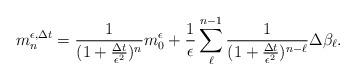
LaTeX: \begin{align*}m_n^{\epsilon,\Delta t}=\frac{1}{(1+\frac{\Delta t}{\epsilon^2})^n}m_0^\epsilon+\frac{1}{\epsilon}\sum_{\ell}^{n-1}\frac{1}{(1+\frac{\Delta t}{\epsilon^2})^{n-\ell}}\Delta\beta_\ell.\end{align*}